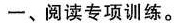
一、阅读专项训练。